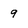
Character: 9